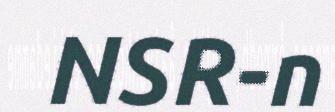
NSR-n